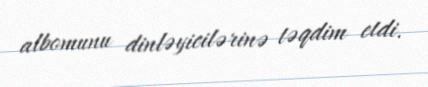
albomunu dinləyicilərinə təqdim etdi.